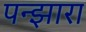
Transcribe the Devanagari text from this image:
पन्झारा